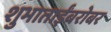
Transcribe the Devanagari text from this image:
शुभाताईंबरोबर